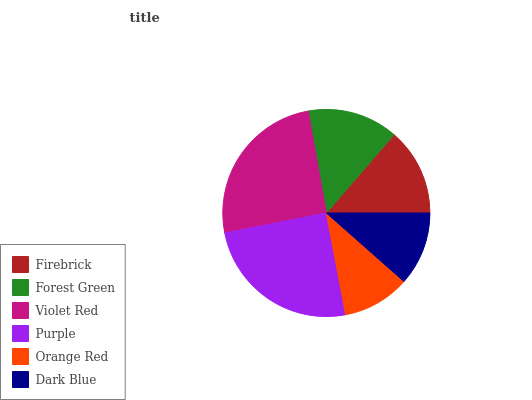
| Firebrick | Forest Green | Violet Red | Purple | Orange Red | Dark Blue |
 | --- | --- | --- | --- | --- | --- |
 | 13.7% | 14.2% | 25.3% | 24.8% | 10.5% | 11.5% |